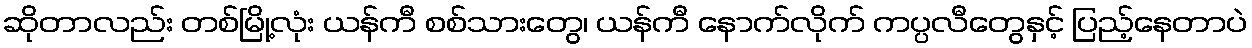
ဆိုတာလည်း တစ်မြို့လုံး ယန်ကီ စစ်သားတွေ၊ ယန်ကီ နောက်လိုက် ကပ္ပလီတွေနှင့် ပြည့်နေတာပဲ